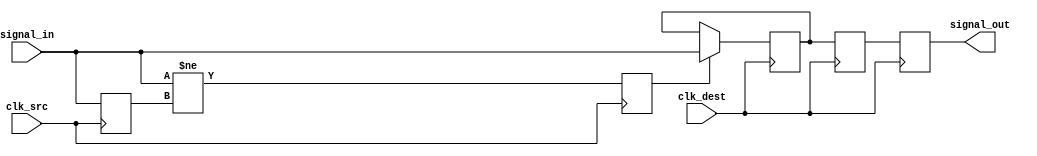
module pulsed_synchronizer #(
    parameter WIDTH = 1  // Width of the input signal
)(
    input wire [WIDTH-1:0] signal_in,  // Input signal from source clock domain
    input wire clk_src,                  // Source clock
    input wire clk_dest,                 // Destination clock
    output reg [WIDTH-1:0] signal_out    // Synchronized output signal
);

    // Intermediate signals for double registering
    reg [WIDTH-1:0] sync_ff1;
    reg [WIDTH-1:0] sync_ff2;

    // Pulse generation: Detecting a change in the input signal
    reg pulse;
    reg [WIDTH-1:0] last_signal_in;

    always @(posedge clk_src) begin
        last_signal_in <= signal_in;  // Store the last value of the input signal
    end
    
    // Generate pulse when there is a change in the input signal
    always @(posedge clk_src) begin
        pulse <= (signal_in != last_signal_in);
    end

    // Synchronize the input signal to the destination clock domain
    always @(posedge clk_dest) begin
        // Capture the input signal when the pulse is high
        if (pulse) begin
            sync_ff1 <= signal_in;  // Sample the input signal
        end
        // Double-register the synchronized value
        sync_ff2 <= sync_ff1;  
    end

    // Output the synchronized signal
    always @(posedge clk_dest) begin
        signal_out <= sync_ff2;  // Output the double-registered signal
    end

endmodule